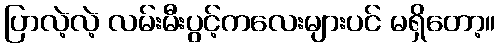
ပြာလဲ့လဲ့ လမ်းမီးပွင့်ကလေးများပင် မရှိတော့။